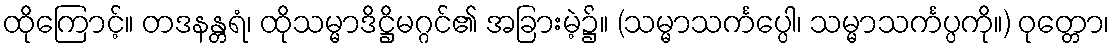
ထိုကြောင့်။ တဒနန္တရံ၊ ထိုသမ္မာဒိဋ္ဌိမဂ္ဂင်၏ အခြားမဲ့၌။ (သမ္မာသင်္ကပ္ပေါ၊ သမ္မာသင်္ကပ္ပကို။) ဝုတ္တော၊